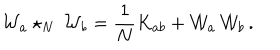
LaTeX: { \cal W } _ { a } \star _ { N } \, { \cal W } _ { b } = \frac { 1 } { N } K _ { a b } + { \cal W } _ { a } \, { \cal W } _ { b } \, .